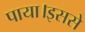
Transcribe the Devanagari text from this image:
पाया।इससे